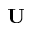
{ \bf U }